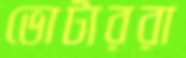
ভোটাররা